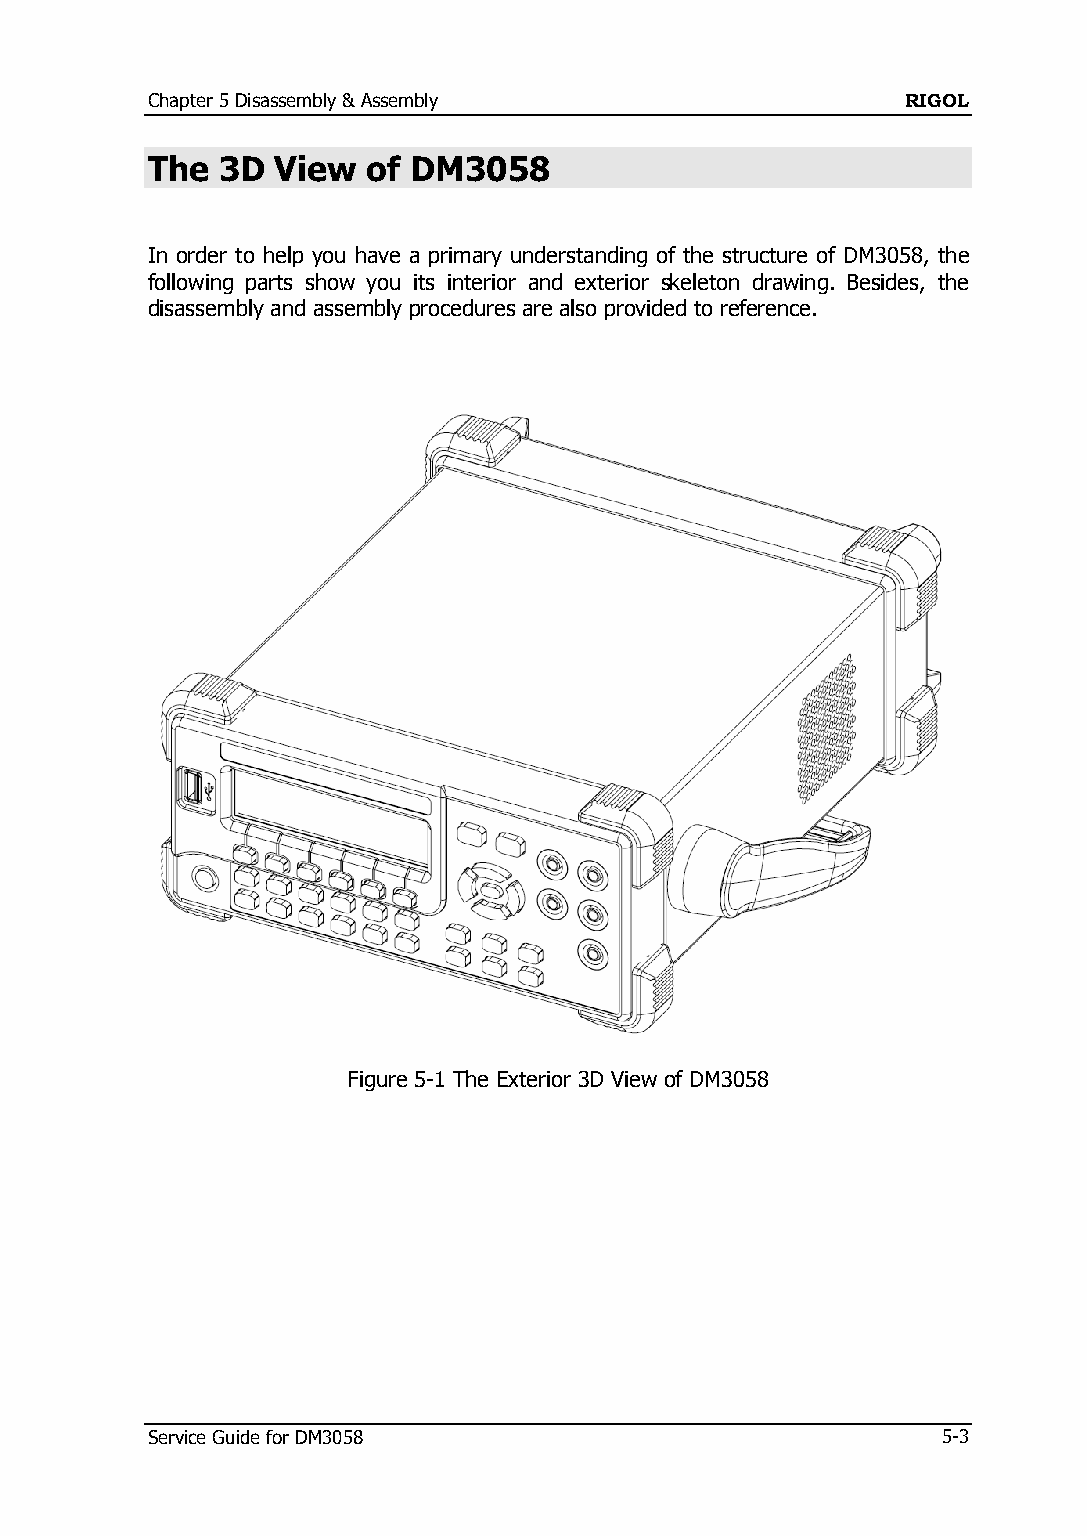
Chapter 5 Disassembly & Assembly                  RIGOL
 The  3D View  of DM3058
 In order to help you have a primary understanding of the structure of DM3058, the
 following parts show you its interior and exterior skeleton drawing. Besides, the
 disassembly and assembly procedures are also provided to reference.
 Figure 5-1 The Exterior 3D View of DM3058
 Service Guide for DM3058                            5-3